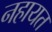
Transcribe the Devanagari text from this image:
नहायत